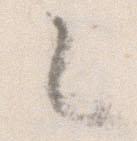
々